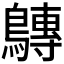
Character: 𪅘